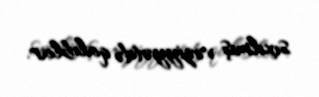
sıxılmış vəziyyətdə qalıblar.